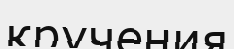
кручения